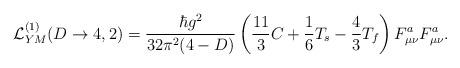
LaTeX: \begin{align*}{\cal L}^{(1)}_{YM}(D\rightarrow 4,2)=\frac{\hbar g^{2}}{32\pi^{2}(4-D)}\left( \frac{11}{3}C+\frac{1}{6}T_{s}-\frac{4}{3}T_{f} \right)F^{a}_{\mu\nu}F^{a}_{\mu\nu}.\end{align*}